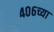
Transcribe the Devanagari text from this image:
४०६च्या